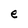
Character: e